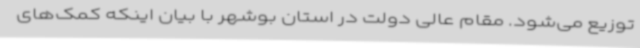
توزیع می‌شود. مقام عالی دولت در استان بوشهر با بیان اینکه کمک‌های